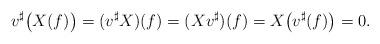
LaTeX: \begin{align*}v^\sharp\big(X(f)\big)=(v^\sharp X)(f)=(X v^\sharp)(f)=X\big(v^\sharp(f)\big)=0.\end{align*}